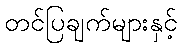
တင်ပြချက်များနှင့်